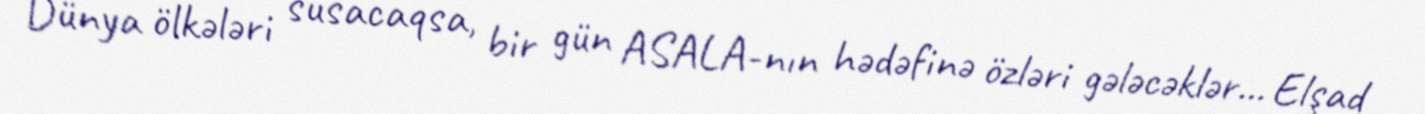
Dünya ölkələri susacaqsa, bir gün ASALA-nın hədəfinə özləri gələcəklər... Elşad